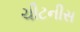
ચીટનીસ